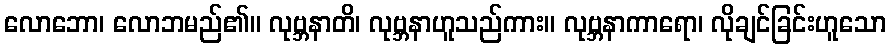
လောဘော၊ လောဘမည်၏။ လုဗ္ဘနာတိ၊ လုဗ္ဘနာဟူသည်ကား။ လုဗ္ဘနာကာရော၊ လိုချင်ခြင်းဟူသော